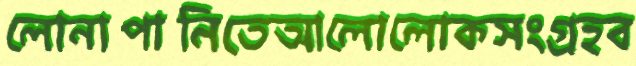
লোনাপানিতেআলোলোকসংগ্রহব